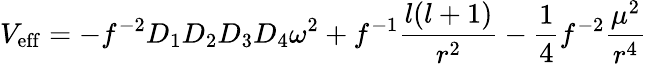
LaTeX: V_{\mathrm{eff}}=-f^{-2}D_{1}D_{2}D_{3}D_{4}\omega^{2}+f^{-1}{\frac{l(l+1)}{r^{2}}}-{\frac{1}{4}}f^{-2}{\frac{\mu^{2}}{r^{4}}}